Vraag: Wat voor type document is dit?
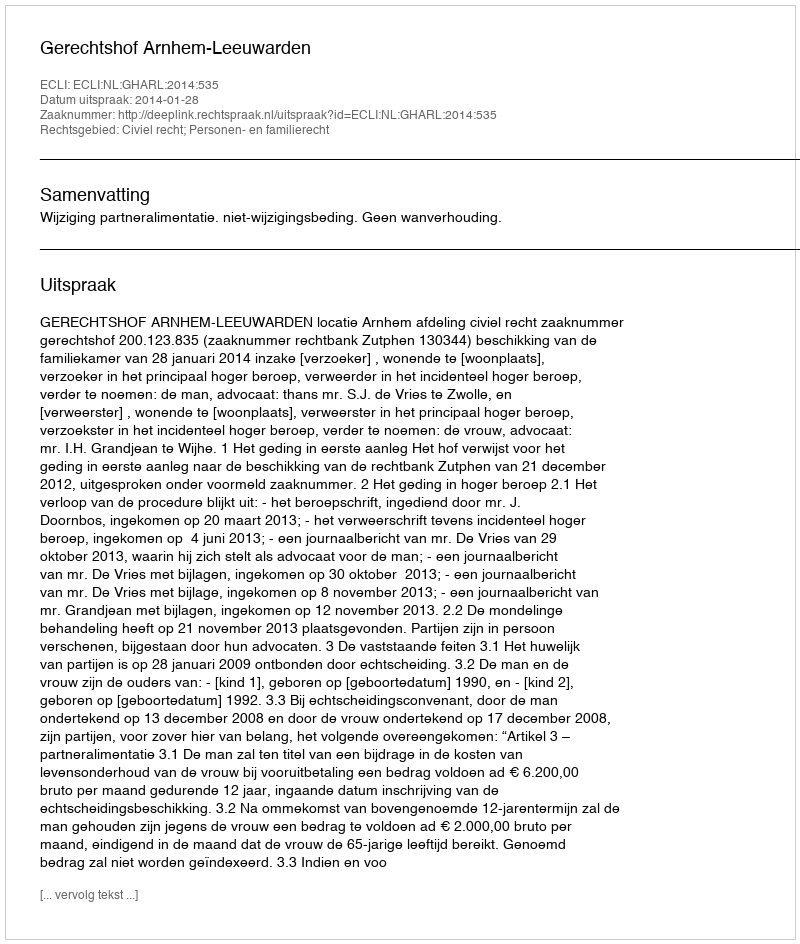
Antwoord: Uitspraak